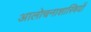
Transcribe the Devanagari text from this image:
आलोचनाशास्त्रियों